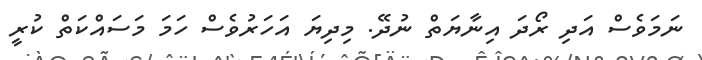
ނަމަވެސް އަދި ރޯދަ އިނާޔަތް ނުދޭ. މިދިޔަ އަހަރުވެސް ހަމަ މަސައްކަތް ކުރީ